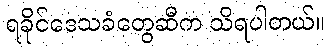
ရခိုင်ဒေသခံတွေဆီက သိရပါတယ်။